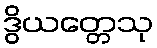
ဒွိယတ္တေသု